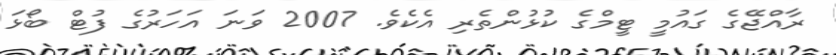
ރާއްޖޭގެ ގައުމީ ޓީމްގެ ކުޅުންތެރި އެކެވެ. 2007 ވަނަ އަހަރުގެ ފުޓް ބޯޅަ